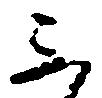
不